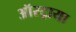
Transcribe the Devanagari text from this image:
ऑस्ट्राया